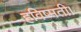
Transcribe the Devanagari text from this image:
हविष्मती।